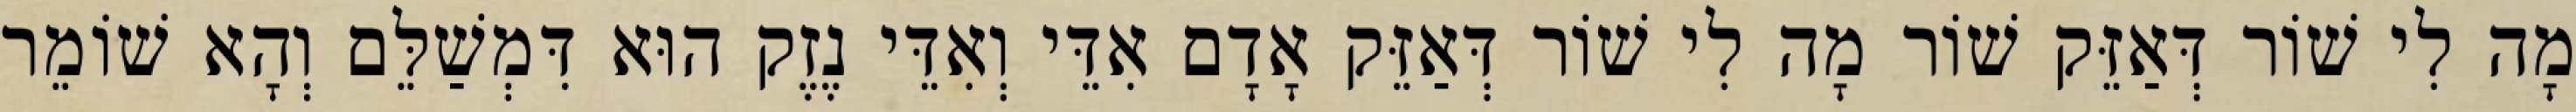
מָה לִי שׁוֹר דְּאַזֵּק שׁוֹר מָה לִי שׁוֹר דְּאַזֵּק אָדָם אִדֵּי וְאִדֵּי נֶזֶק הוּא דִּמְשַׁלֵּם וְהָא שׁוֹמֵר